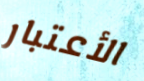
الأعتبار